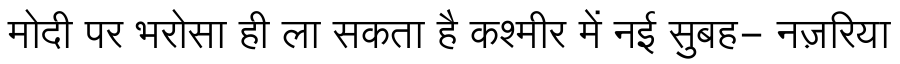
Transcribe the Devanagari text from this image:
मोदी पर भरोसा ही ला सकता है कश्मीर में नई सुबह- नज़रिया